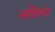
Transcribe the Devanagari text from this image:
ऑडिशंड